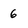
Character: 6